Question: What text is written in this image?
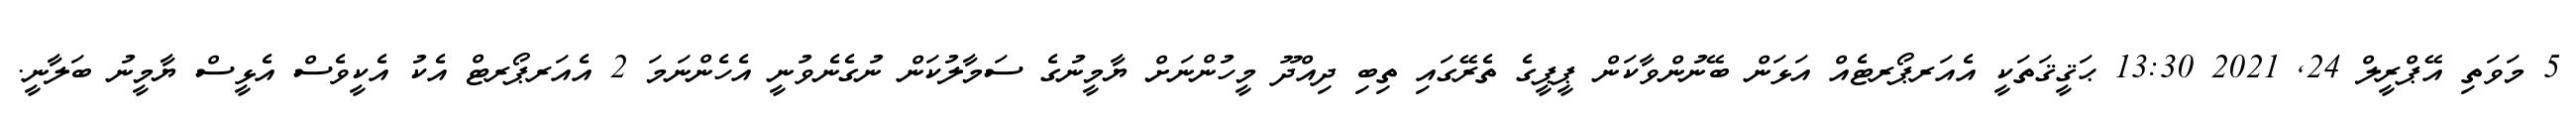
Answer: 5 މަވަތި އޭޕްރީލް 24, 2021 13:30 ޙަޤީޤަތަކީ އެއަރޕޯރޓެއް އަޅަން ބޭނުންވާކަން ޕީޕީގެ ތެރޭގައި ތިބި ދިއްދޫ މީހުންނަށް ޔާމީނުގެ ސަމާލުކަން ނުގެނެވުނީ އެހެންނަމަ 2 އެއަރޕޯރޓް އެކު އެކީވެސް އެޅީސް ޔާމީނު ބަލާނީ.